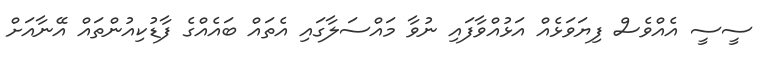
ސީސީ އެއްވެސް ފިޔަވަޅެއް އަޅުއްވާފައި ނުވާ މައްސަލާގައި އެތައް ބައެއްގެ ފާޑުކިއުންތައް އޭނާއަށް